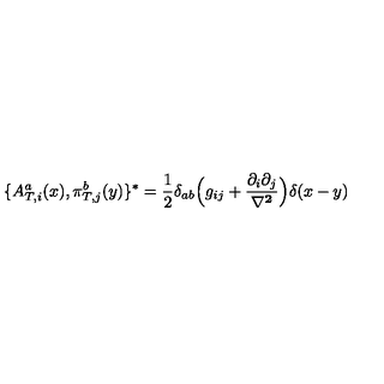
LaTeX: \{ A _ { T , i } ^ { a } ( x ) , \pi _ { T , j } ^ { b } ( y ) \} ^ { * } = \frac { 1 } { 2 } \delta _ { a b } \Big ( g _ { i j } + \frac { \partial _ { i } \partial _ { j } } { \bf \nabla ^ { 2 } } \Big ) \delta ( x - y )